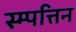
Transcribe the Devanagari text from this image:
स्म्पत्तिन